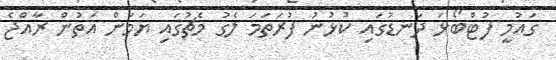
ގައުމީ ފުޓްބޯޅަ ދަނޑުގައި ކުޅުނު ފުރަތަމަ ލެގު މެޗުގައި ޔަމަން އަތުން ރާއްޖެ